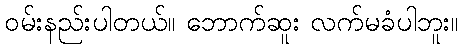
ဝမ်းနည်းပါတယ်။ ဘောက်ဆူး လက်မခံပါဘူး။